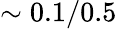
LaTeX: \sim 0.1/0.5